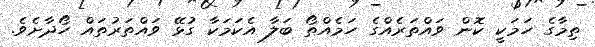
ތިމާގެ ހަމަކީ ކޮން ވައްތަރެއްގެ ހަމެއްތޯ ބަލާ އެކަމަކާ ގުޅޭ ވައްތަރުތައް ހޯދާށެވެ.